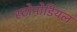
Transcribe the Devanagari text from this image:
स्टोमोडियल